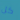
كل